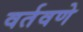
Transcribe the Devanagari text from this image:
वर्तवणे